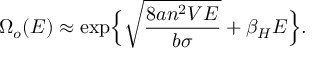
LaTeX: \Omega _ { o } ( E ) \approx \exp \Bigl \{ \sqrt { \frac { 8 a n ^ { 2 } V E } { b \sigma } } + \beta _ { H } E \Bigr \} .